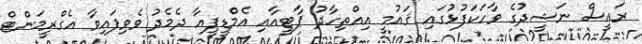
ރައީސް ނަޝީދުގެ ވާހަކަފުޅުގައި ޤައުމީ އިއްތިހާދު ޕާޓީއާއި އެމްޑީޕީއާ ދެމެދު ވެވިފައިވާ އެގްރީމަންޓް